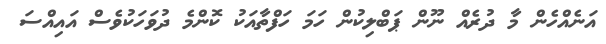
އަނެއްހެން މާ ދުރެއް ނޫން ޕަބްލިކުން ހަމަ ހަފްތާއަކު ކޮންމެ ދުވަހަކުވެސް އައިއްސަ